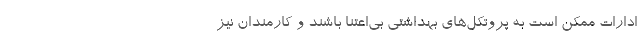
ادارات ممکن است به پروتکل‌های بهداشتی بی‌اعتنا باشند و کارمندان نیز